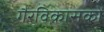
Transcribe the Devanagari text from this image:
गैरविकासकों